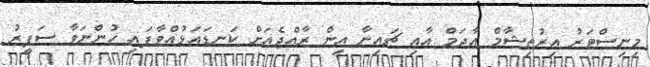
މިނިސްޓަރު އިރުތިޝާމް އާދަމް އާއި ޗައިނާ އިން ރާއްޖެއަށް ކަނޑައަޅުއްވާފައި ހުންނަވާ ސަފީރު